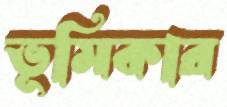
ভূমিকার